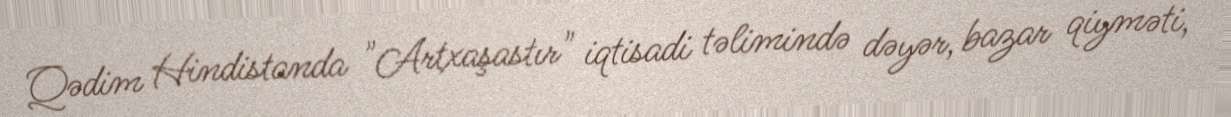
Qədim Hindistanda "Artxaşastır" iqtisadi təlimində dəyər, bazar qiyməti,